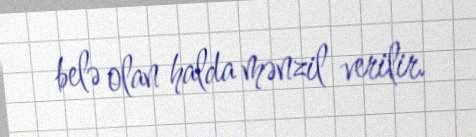
belə olan halda mənzil verilir.